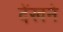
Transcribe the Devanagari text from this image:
देंखने